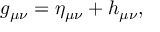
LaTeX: g _ { \mu \nu } = \eta _ { \mu \nu } + h _ { \mu \nu } ,